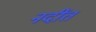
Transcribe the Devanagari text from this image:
नदींत